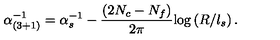
\alpha _ { ( 3 + 1 ) } ^ { - 1 } = \alpha _ { s } ^ { - 1 } - \frac { ( 2 N _ { c } - N _ { f } ) } { 2 \pi } \mathrm { l o g } \left( R / l _ { s } \right) .